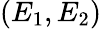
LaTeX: (E_{1},E_{2})